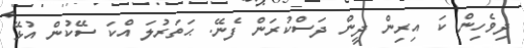
ދިވެހިން ކަ އިރިން ދީން ދަސްކުރަން ފެނޭ. ޙަތަރުލަ އްކަ ސޭކުން އުޅޭ